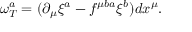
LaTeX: \omega _ { T } ^ { a } = ( \partial _ { \mu } \xi ^ { a } - f ^ { \mu b a } \xi ^ { b } ) d x ^ { \mu } .